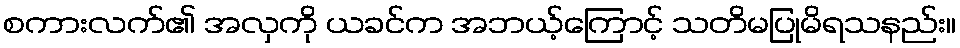
စကားလက်၏ အလှကို ယခင်က အဘယ့်ကြောင့် သတိမပြုမိရသနည်း။